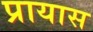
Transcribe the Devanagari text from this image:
प्रायास